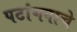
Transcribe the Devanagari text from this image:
पटांगनाचे